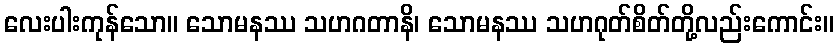
လေးပါးကုန်သော။ သောမနဿ သဟဂတာနိ၊ သောမနဿ သဟဂုတ်စိတ်တို့လည်းကောင်း။